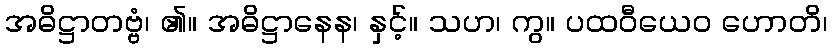
အဓိဋ္ဌာတဗ္ဗံ၊ ၏။ အဓိဋ္ဌာနေန၊ နှင့်။ သဟ၊ ကွ။ ပထဝီယေဝ ဟောတိ၊